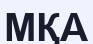
МҚА